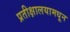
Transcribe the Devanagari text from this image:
प्रतीक्षालयामधून